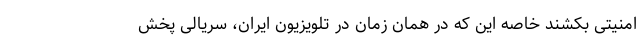
امنیتی بکشند خاصه این که در همان زمان در تلویزیون ایران، سریالی پخش